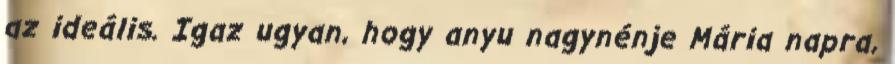
az ideális. Igaz ugyan, hogy anyu nagynénje Mária napra,